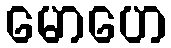
မောဟေ